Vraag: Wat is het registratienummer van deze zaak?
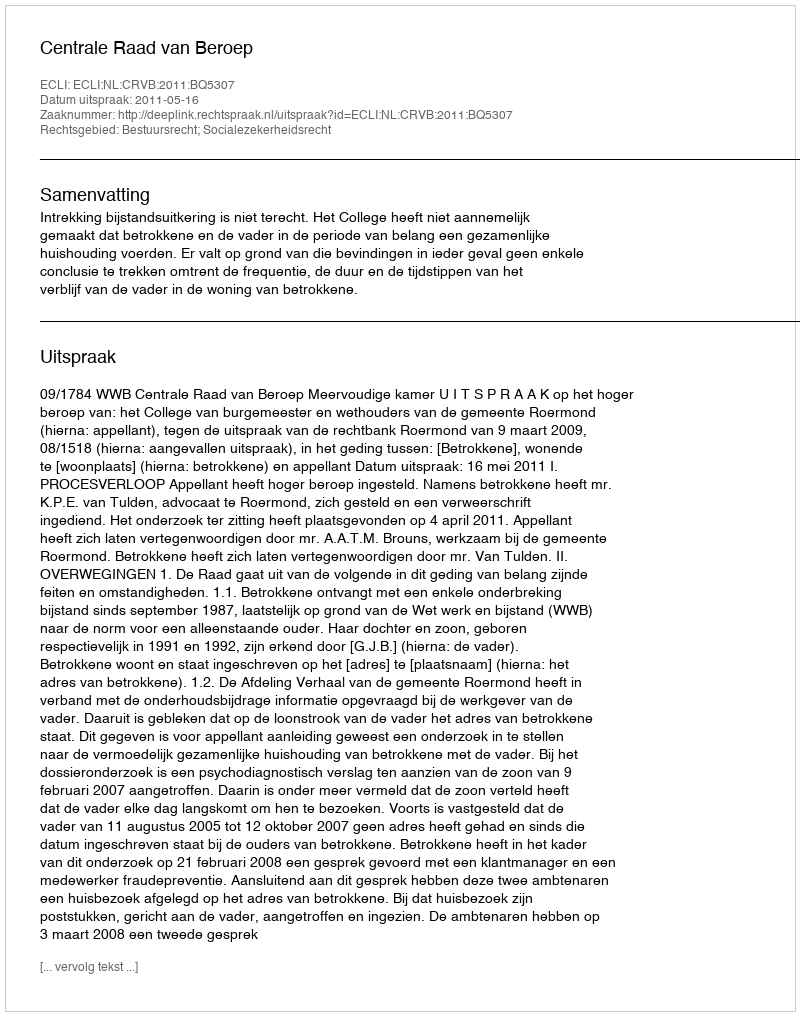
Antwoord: http://deeplink.rechtspraak.nl/uitspraak?id=ECLI:NL:CRVB:2011:BQ5307